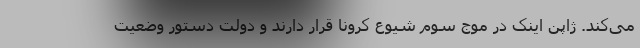
می‌کند. ژاپن اینک در موج سوم شیوع کرونا قرار دارند و دولت دستور وضعیت